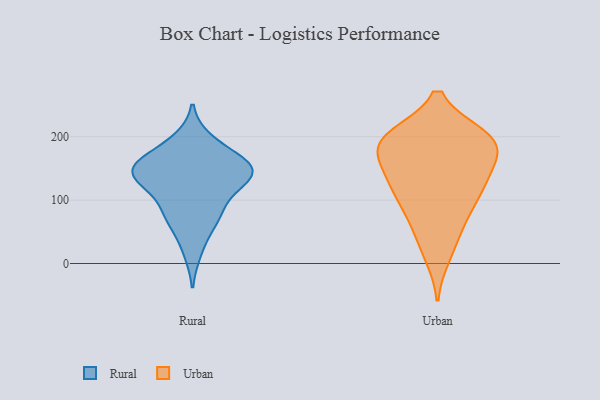
{"axis": {"x": "Page Views", "y": "Value"}, "legend": ["Rural", "Urban"], "data": [{"x": "", "y": 19, "type": "Rural"}, {"x": "", "y": 146, "type": "Rural"}, {"x": "", "y": 144, "type": "Rural"}, {"x": "", "y": 194, "type": "Rural"}, {"x": "", "y": 127, "type": "Rural"}, {"x": "", "y": 154, "type": "Rural"}, {"x": "", "y": 187, "type": "Rural"}, {"x": "", "y": 151, "type": "Rural"}, {"x": "", "y": 129, "type": "Rural"}, {"x": "", "y": 57, "type": "Rural"}, {"x": "", "y": 77, "type": "Rural"}, {"x": "", "y": 155, "type": "Rural"}, {"x": "", "y": 146, "type": "Rural"}, {"x": "", "y": 122, "type": "Rural"}, {"x": "", "y": 84, "type": "Rural"}, {"x": "", "y": 158, "type": "Rural"}, {"x": "", "y": 82, "type": "Rural"}, {"x": "", "y": 192, "type": "Urban"}, {"x": "", "y": 157, "type": "Urban"}, {"x": "", "y": 176, "type": "Urban"}, {"x": "", "y": 190, "type": "Urban"}, {"x": "", "y": 118, "type": "Urban"}, {"x": "", "y": 198, "type": "Urban"}, {"x": "", "y": 75, "type": "Urban"}, {"x": "", "y": 122, "type": "Urban"}, {"x": "", "y": 195, "type": "Urban"}, {"x": "", "y": 194, "type": "Urban"}, {"x": "", "y": 14, "type": "Urban"}, {"x": "", "y": 125, "type": "Urban"}, {"x": "", "y": 199, "type": "Urban"}, {"x": "", "y": 86, "type": "Urban"}, {"x": "", "y": 135, "type": "Urban"}, {"x": "", "y": 44, "type": "Urban"}]}